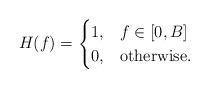
LaTeX: \begin{align*}H(f) = \begin{cases} 1, & f\in [0,B] \\0, & \mbox{otherwise}. \end{cases}\end{align*}